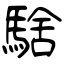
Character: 騇